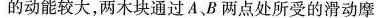
的动能较大，两木块通过A、B两点处所受的滑动摩